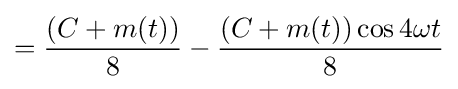
={\frac {(C+m(t))}{8}}-{\frac {(C+m(t))\cos 4\omega t}{8}}